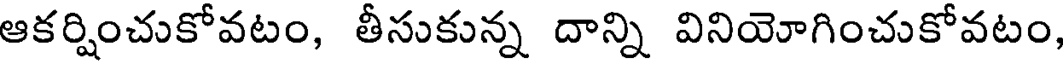
ఆకర్షించుకోవటం, తీసుకున్న దాన్ని వినియోగించుకోవటం,